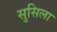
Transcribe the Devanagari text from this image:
सुसिला